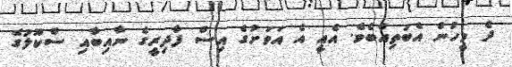
ދެ މީހުން އެބަތިއްބެވެ. އެއީ އެ އަވަށުގެ އިސް ފާދިރީގެ ނާއިބާއި ސްކޫލުގެ